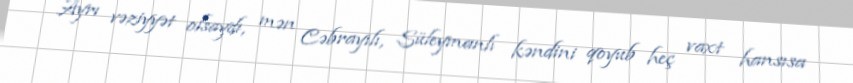
Ayrı vəziyyət olsaydı, mən Cəbrayılı, Süleymanlı kəndini qoyub heç vaxt hansısa